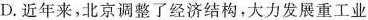
D. 近年来，北京调整了经济结构，大力发展重工业